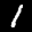
Label: 1